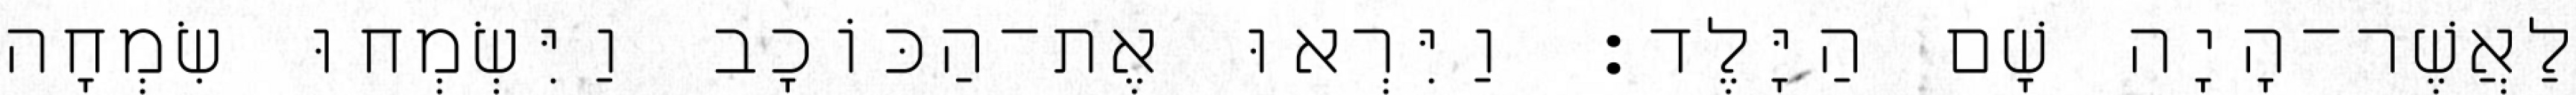
לַאֲשֶׁר־הָיָה שָׁם הַיָּלֶד׃ וַיִּרְאוּ אֶת־הַכּוֹכָב וַיִּשְׂמְחוּ שִׂמְחָה